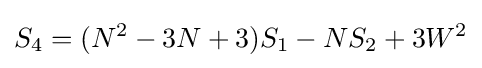
S_{4}=(N^{2}-3N+3)S_{1}-NS_{2}+3W^{2}